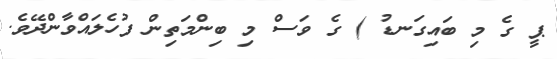
ޕީ ގެ މި ބައިގަނޑު ) ގެ ވަސް މި ބިންމަތިން ފުހެލައްވާންދޭވެ.